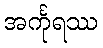
အင်္ကုရဿ